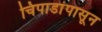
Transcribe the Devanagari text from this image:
चिपाडांपासून